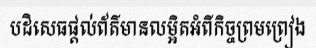
បដិសេធផ្តល់ព័ត៌មានលម្អិតអំពីកិច្ចព្រមព្រៀង